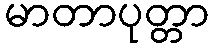
မာတာပုတ္တာ